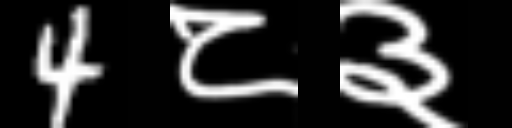
Text: 4८३